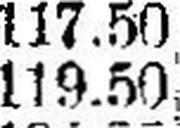
119.50